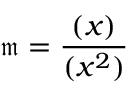
{ \mathfrak { m } } = { \frac { ( x ) } { ( x ^ { 2 } ) } }